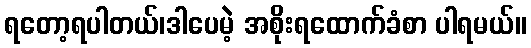
ရတော့ရပါတယ်၊ဒါပေမဲ့ အစိုးရထောက်ခံစာ ပါရမယ်။